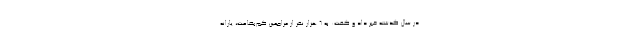
در سال گذشته خبر داد و گفت: به ۶ هزار نفر از مراجعین کم‌بضاعت، یارانه